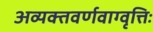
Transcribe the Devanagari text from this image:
अव्यक्तवर्णवाग्वृत्तिः